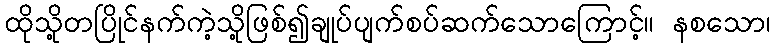
ထိုသို့တပြိုင်နက်ကဲ့သို့ဖြစ်၍ချုပ်ပျက်စပ်ဆက်သောကြောင့်။ နစသော၊